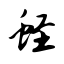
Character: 蛏